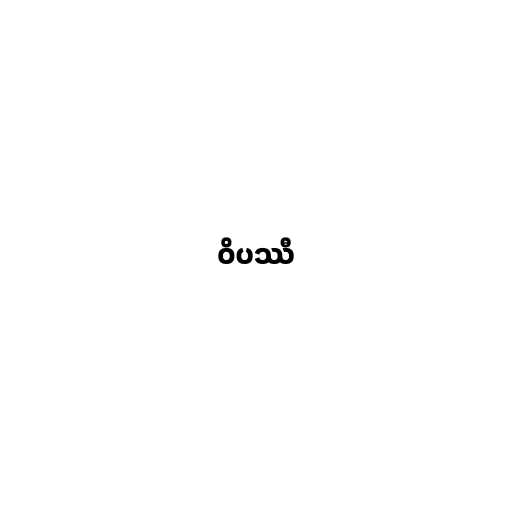
ဝိပဿီ